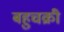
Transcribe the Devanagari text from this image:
बहुचक्री